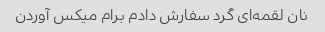
نان لقمه‌ای گرد سفارش دادم برام میکس آوردن